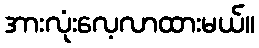
အားလုံးလေ့လာထားမယ်။